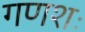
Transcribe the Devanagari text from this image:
गणशः